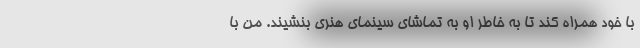
با خود همراه کند تا به خاطر او به تماشای سینمای هنری بنشیند. من با